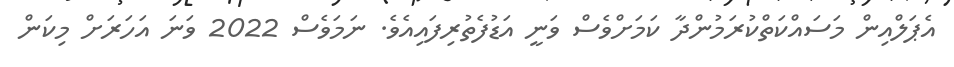
އެޕަލްއިން މަސައްކަތްކުރަމުންދާ ކަމަށްވެސް ވަނީ އަޑުފެތުރިފައިއެވެ. ނަމަވެސް 2022 ވަނަ އަހަރަށް މިކަން